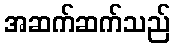
အဆက်ဆက်သည်